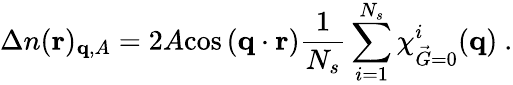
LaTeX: \Delta n(\mathbf{r})_{\mathbf{q},A}=2A\textnormal{cos}\left(\mathbf{q}\cdot\mathbf{r}\right)\frac{1}{N_{s}}\sum_{i=1}^{N_{s}}\chi_{\vec{G}=0}^{i}(\mathbf{q})\ .